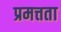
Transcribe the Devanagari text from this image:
प्रमत्तता